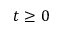
t \geq 0